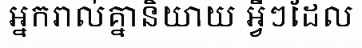
អ្នករាល់គ្នានិយាយ អ្វីៗដែល